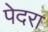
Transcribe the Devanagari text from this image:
पेदरा